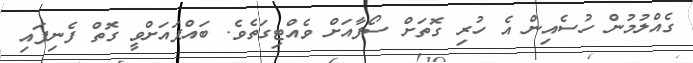
ގެއްލުމުން ހުސެއިން އެ ހުރި ގޮތަށް ސޯފާއަށް ވެއްޓިގަތެވެ. ބައްޕައަށްވީ ގޮތް ފެނިފައި